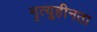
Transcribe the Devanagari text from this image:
मृत्युहीनता